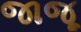
જાજૂ